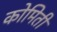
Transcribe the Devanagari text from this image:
कोमिती